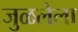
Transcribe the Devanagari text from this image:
जुळलेला